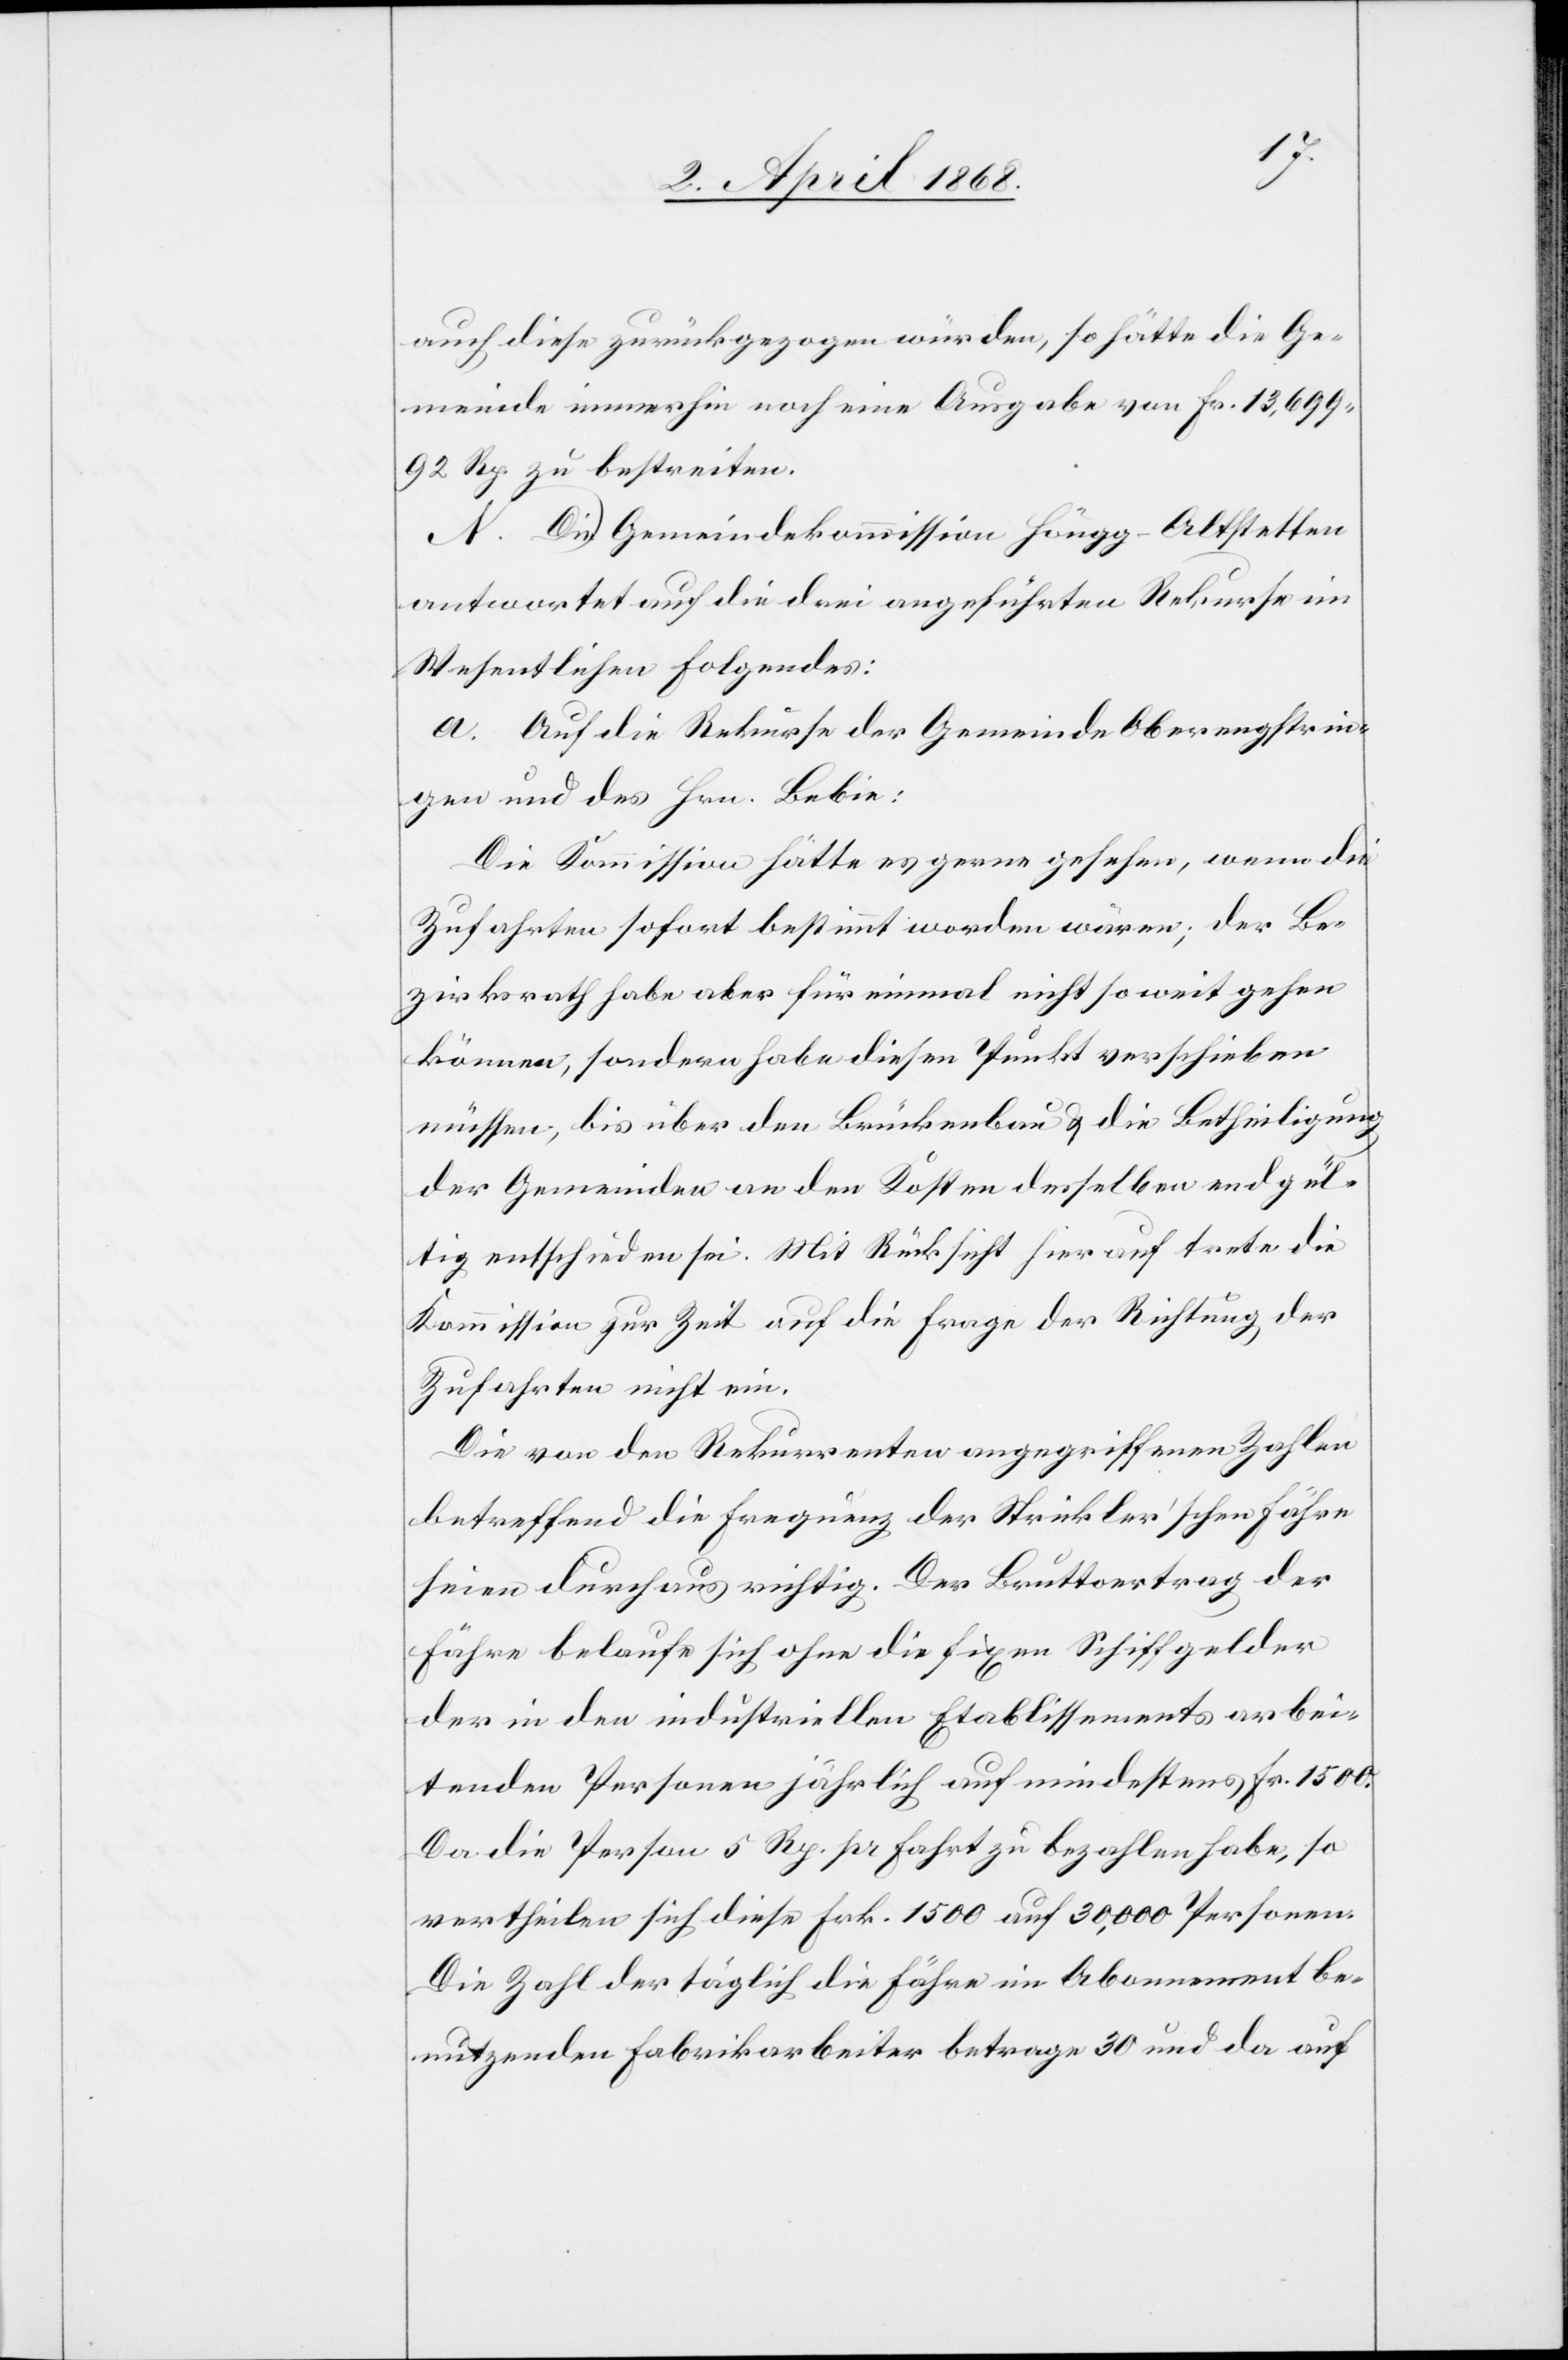
auch diese zurückgezogen würden, so hätte die Ge¬
meinde immerhin noch eine Ausgabe von Fr. 13,699.
92 Rp. zu bestreiten.
N. Die Gemeindekommission Höngg-Altstetten
antwortet auf die drei angeführten Rekurse im
Wesentlichen Folgendes:
a. Auf die Rekurse der Gemeinde Oberengstrin¬
gen und des Hrn. Bebie:
Die Kommission hätte es gerne gesehen, wenn die
Zufahrten sofort bestimmt worden wären; der Be¬
zirksrath habe aber für einmal nicht so weit gehen
können, sondern habe diesen Punkt verschieben
müssen, bis über den Brückenbau & die Betheiligung
der Gemeinden an den Kosten desselben endgül¬
tig entschieden sei. Mit Rücksicht hierauf trete die
Kommission zur Zeit auf die Frage der Richtung der
Zufahrten nicht ein.
Die von den Rekurrenten angegriffenen Zahlen
betreffend die Frequenz der Strickler’schen Fähre
seien durchaus richtig. Der Bruttoertrag der
Fähre belaufe sich ohne die fixen Schiffgelder
der in den industriellen Etablissements arbei¬
tenden Personen jährlich auf mindestens Fr. 1500.
Da die Person 5 Rp. pr Fahrt zu bezahlen habe, so
vertheilen sich diese Frk. 1500 auf 30,000 Personen.
Die Zahl der täglich die Fähre im Abonnement be¬
nutzenden Fabrikarbeiter betrage 30 und da auf